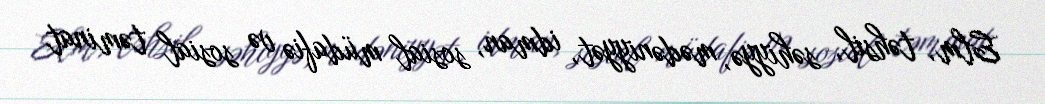
Elm, təhsil, səhiyyə, mədəniyyət, idman, sosial müdafiə və sosial təminat